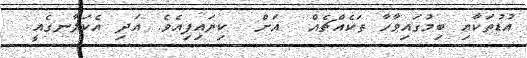
އުޑުތަކާއި ބިމުގައިވާހާ ތަކެއްޗެއް  އަށް  ކިޔައިފިއެވެ. އަދި އެކަލާނގެއީ